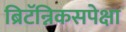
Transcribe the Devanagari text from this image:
ब्रिटॅन्निकसपेक्षा